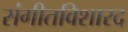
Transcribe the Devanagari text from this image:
संगीतविशारद